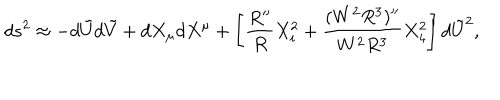
d s ^ { 2 } \approx - d \tilde { U } d \tilde { V } + d X _ { \mu } d X ^ { \mu } + \left[ \frac { R ^ { \prime \prime } } { R } X _ { i } ^ { 2 } + \frac { ( W ^ { 2 } R ^ { 3 } ) ^ { \prime \prime } } { W ^ { 2 } R ^ { 3 } } X _ { 4 } ^ { 2 } \right] d \tilde { U } ^ { 2 } ,